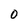
Character: 0